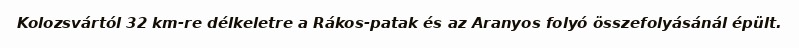
Kolozsvártól 32 km-re délkeletre a Rákos-patak és az Aranyos folyó összefolyásánál épült.